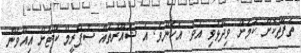
ތަފާތުކޮށް ކަމަށް ވިދާޅުވި އެވެ. އެހެންވެ